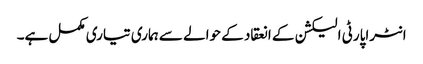
انٹراپارٹی الیکشن کے انعقاد کے حوالے سے ہماری تیاری مکمل ہے۔